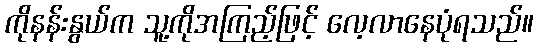
ကိုနန်းနွယ်က သူ့ကိုအကြည့်ဖြင့် လေ့လာနေပုံရသည်။